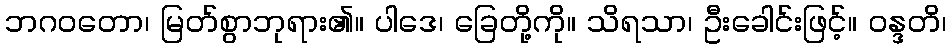
ဘဂဝတော၊ မြတ်စွာဘုရား၏။ ပါဒေ၊ ခြေတို့ကို။ သိရသာ၊ ဦးခေါင်းဖြင့်။ ဝန္ဒတိ၊